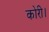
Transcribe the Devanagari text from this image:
कोरी।